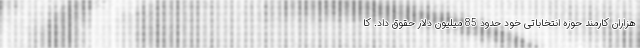
هزاران کارمند حوزه انتخاباتی خود حدود 85 میلیون دلار حقوق داد. کا